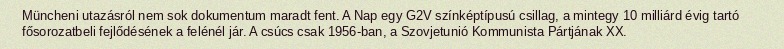
Müncheni utazásról nem sok dokumentum maradt fent. A Nap egy G2V színképtípusú csillag, a mintegy 10 milliárd évig tartó fősorozatbeli fejlődésének a felénél jár. A csúcs csak 1956-ban, a Szovjetunió Kommunista Pártjának XX.